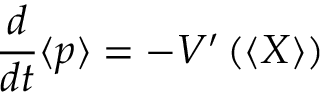
{ \frac { d } { d t } } \langle p \rangle = - V ^ { \prime } \left( \left\langle X \right\rangle \right)